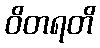
ဝိတရတိ